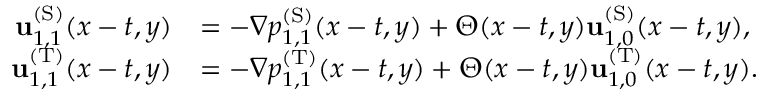
\begin{array} { r l } { \mathbf { u } _ { 1 , 1 } ^ { \mathrm { ( S ) } } ( x - t , y ) } & { = - \nabla p _ { 1 , 1 } ^ { \mathrm { ( S ) } } ( x - t , y ) + \Theta ( x - t , y ) \mathbf { u } _ { 1 , 0 } ^ { \mathrm { ( S ) } } ( x - t , y ) , } \\ { \mathbf { u } _ { 1 , 1 } ^ { \mathrm { ( T ) } } ( x - t , y ) } & { = - \nabla p _ { 1 , 1 } ^ { \mathrm { ( T ) } } ( x - t , y ) + \Theta ( x - t , y ) \mathbf { u } _ { 1 , 0 } ^ { \mathrm { ( T ) } } ( x - t , y ) . } \end{array}